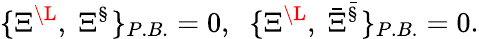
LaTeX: \{ \Xi^{\L},\; \Xi^{\S}\} _{P.B.}=0,\; \; \{ \Xi^{\L},\; {\bar{\Xi}}^{\bar{\S}}\} _{P.B.}=0.